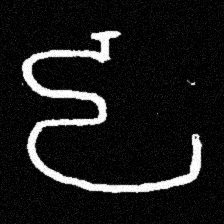
Pyu character \u2014 Myanmar letter: ဠ (romanized: lla)